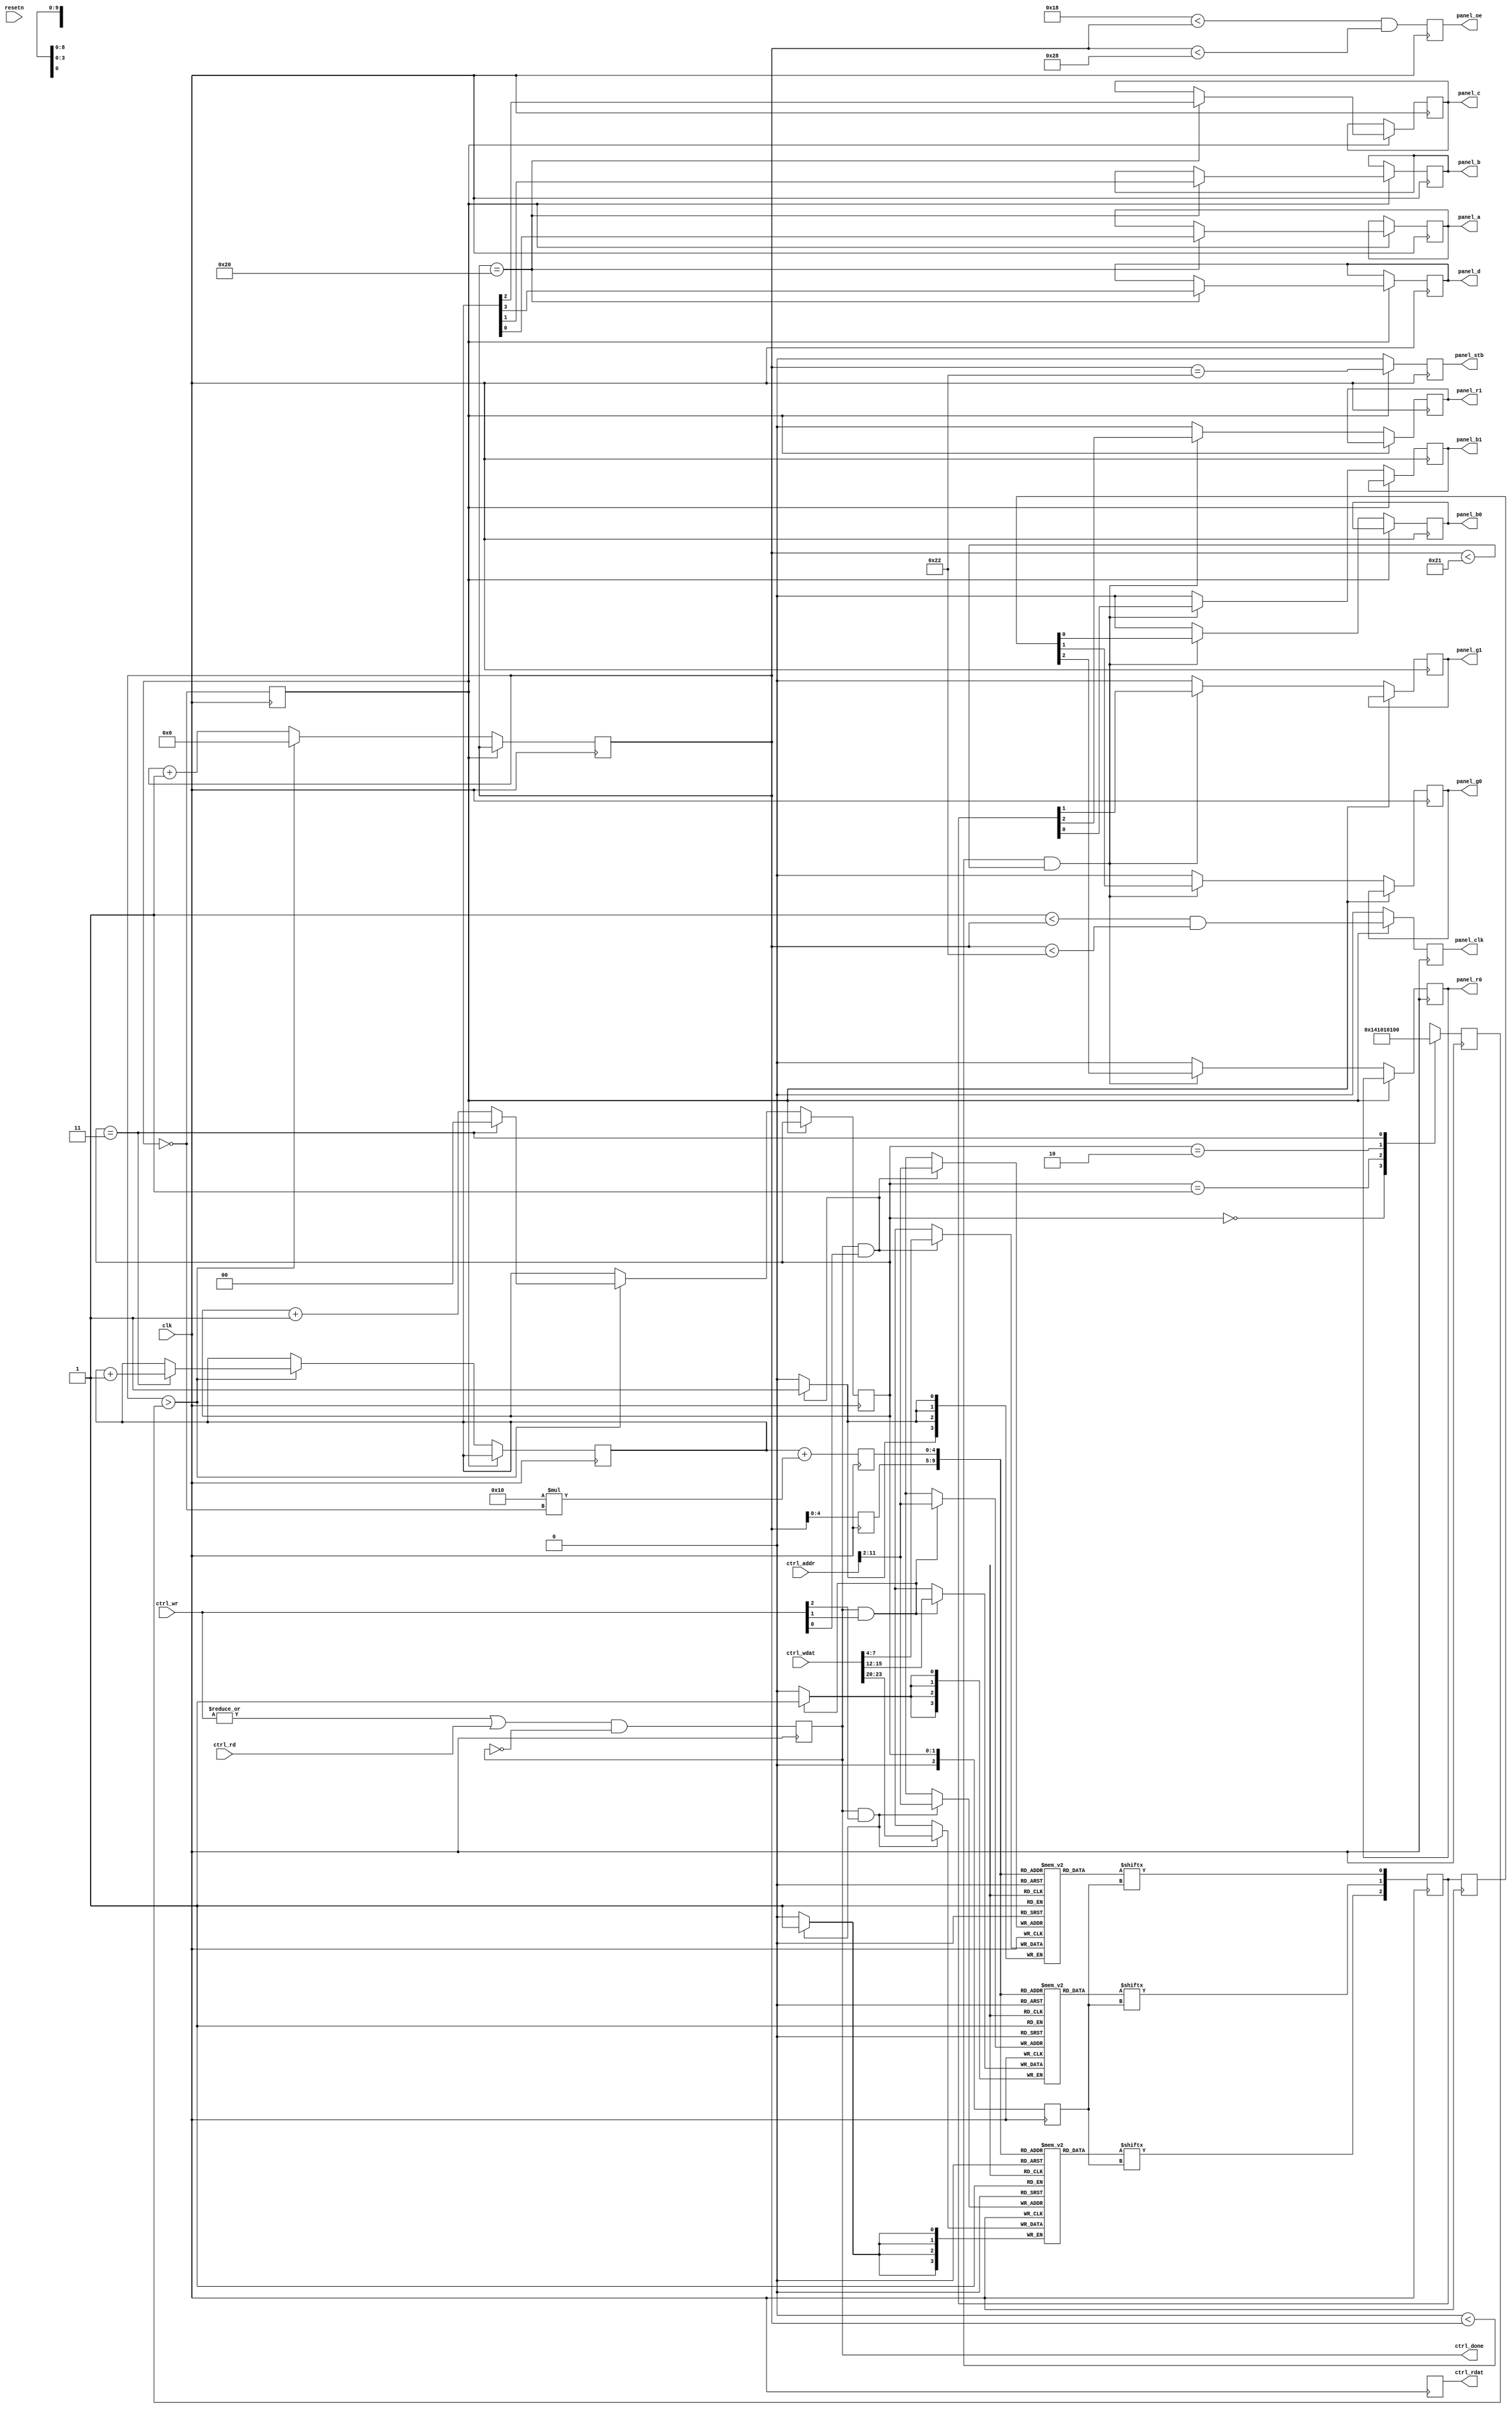
// Description of the LED panel:
// http://bikerglen.com/projects/lighting/led-panel-1up/#The_LED_Panel
//
// panel_[abcd] ... select rows (in pairs from top and bottom half)
// panel_oe ....... display the selected rows (active low)
// panel_clk ...... serial clock for color data
// panel_stb ...... latch shifted data (active high)
// panel_[rgb]0 ... color channel for top half
// panel_[rgb]1 ... color channel for bottom half
//
// Example config with Trenz Adapter on PMOD1 and PMOD2:
//
// mod ledpanel panel
//   address 1
//   connect panel_r0  pmod1_1
//   connect panel_b0  pmod1_2
//   connect panel_g1  pmod1_3
//   connect panel_a   pmod1_4
//   connect panel_g0  pmod1_7
//   connect panel_r1  pmod1_8
//   connect panel_b1  pmod1_9
//   connect panel_b   pmod1_10
//   connect panel_c   pmod2_1
//   connect panel_clk pmod2_2
//   connect panel_oe  pmod2_3
//   connect panel_d   pmod2_7
//   connect panel_stb pmod2_8

module icosoc_mod_ledpanel (
	input clk,
	input resetn,

	input [3:0] ctrl_wr,
	input ctrl_rd,
	input [15:0] ctrl_addr,
	input [31:0] ctrl_wdat,
	output reg [31:0] ctrl_rdat,
	output reg ctrl_done,

	output reg panel_r0, panel_g0, panel_b0, panel_r1, panel_g1, panel_b1,
	output reg panel_a, panel_b, panel_c, panel_d, panel_clk, panel_stb, panel_oe
);
	parameter integer BITS_PER_CHANNEL = 4;
	parameter integer CLOCK_FREQ_HZ = 6000000;
	parameter integer SIZE = 1;
	parameter integer EXTRA_BLANKING = 0;

	localparam integer SIZE_BITS = $clog2(SIZE);

	reg [BITS_PER_CHANNEL-1:0] video_mem_r [0:SIZE*1024-1];
	reg [BITS_PER_CHANNEL-1:0] video_mem_g [0:SIZE*1024-1];
	reg [BITS_PER_CHANNEL-1:0] video_mem_b [0:SIZE*1024-1];

`ifdef TESTBENCH
	initial begin:video_mem_init
		integer i;
		for (i = 0; i < SIZE*1024; i = i+1) begin
			video_mem_r[i] = 15;
			video_mem_g[i] = ((i >> 5) % 32 == 0) ? 5 : 4;
			video_mem_b[i] = ((i >> 5) % 32 == 31) ? 3 : 2;
		end
	end
`endif

	always @(posedge clk) begin
		ctrl_done <= (|ctrl_wr || ctrl_rd) && !ctrl_done;
		ctrl_rdat <= 'bx;

		if (ctrl_done && ctrl_wr[2]) video_mem_r[ctrl_addr >> 2] <= ctrl_wdat[23:16] >> (8-BITS_PER_CHANNEL);
		if (ctrl_done && ctrl_wr[1]) video_mem_g[ctrl_addr >> 2] <= ctrl_wdat[15: 8] >> (8-BITS_PER_CHANNEL);
		if (ctrl_done && ctrl_wr[0]) video_mem_b[ctrl_addr >> 2] <= ctrl_wdat[ 7: 0] >> (8-BITS_PER_CHANNEL);
	end

	reg [8+SIZE_BITS:0] cnt_x = 0;
	reg [3:0] cnt_y = 0;
	reg [1:0] cnt_z = 0;
	reg state = 0;

	reg [4+SIZE_BITS:0] addr_x;
	reg [4:0] addr_y;
	reg [2:0] addr_z;
	reg [2:0] data_rgb;
	reg [2:0] data_rgb_q;
	reg [8+SIZE_BITS:0] max_cnt_x;

	always @(posedge clk) begin
		case (cnt_z)
			0: max_cnt_x <= 32*SIZE+8;
			1: max_cnt_x <= 64*SIZE;
			2: max_cnt_x <= 128*SIZE;
			3: max_cnt_x <= 256*SIZE;
		endcase
	end

	always @(posedge clk) begin
		state <= !state;
		if (!state) begin
			if (cnt_x > max_cnt_x) begin
				cnt_x <= 0;
				cnt_z <= cnt_z + 1;
				if (cnt_z == BITS_PER_CHANNEL-1) begin
					cnt_y <= cnt_y + 1;
					cnt_z <= 0;
				end
			end else begin
				cnt_x <= cnt_x + 1;
			end
		end
	end

	always @(posedge clk) begin
		panel_oe <= 32*SIZE-8-EXTRA_BLANKING < cnt_x && cnt_x < 32*SIZE+8;
		if (state) begin
			panel_clk <= 1 < cnt_x && cnt_x < 32*SIZE+2;
			panel_stb <= cnt_x == 32*SIZE+2;
		end else begin
			panel_clk <= 0;
			panel_stb <= 0;
		end
	end

	always @(posedge clk) begin
		addr_x <= cnt_x;
		addr_y <= cnt_y + 16*(!state);
		addr_z <= cnt_z;
	end

	always @(posedge clk) begin
		data_rgb[2] <= video_mem_r[{addr_x, addr_y}][addr_z];
		data_rgb[1] <= video_mem_g[{addr_x, addr_y}][addr_z];
		data_rgb[0] <= video_mem_b[{addr_x, addr_y}][addr_z];
	end

	always @(posedge clk) begin
		data_rgb_q <= data_rgb;
		if (!state) begin
			if (0 < cnt_x && cnt_x < 32*SIZE+1) begin
				{panel_r1, panel_r0} <= {data_rgb[2], data_rgb_q[2]};
				{panel_g1, panel_g0} <= {data_rgb[1], data_rgb_q[1]};
				{panel_b1, panel_b0} <= {data_rgb[0], data_rgb_q[0]};
			end else begin
				{panel_r1, panel_r0} <= 0;
				{panel_g1, panel_g0} <= 0;
				{panel_b1, panel_b0} <= 0;
			end
		end else
		if (cnt_x == 32*SIZE - EXTRA_BLANKING/2) begin
			{panel_d, panel_c, panel_b, panel_a} <= cnt_y;
		end
	end
endmodule